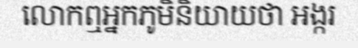
លោកឮអ្នកភូមិនិយាយថា អង្ករ